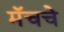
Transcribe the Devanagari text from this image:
मॅचचे